Vaccination report Assam 1896-1927 - 1896-1927
Year: 1896
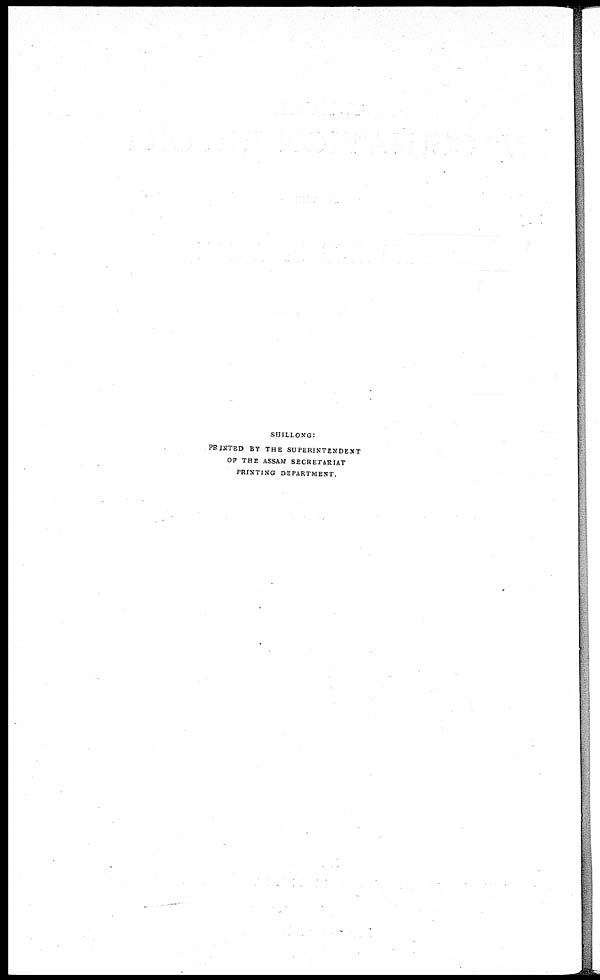
SHILLONG:
PRINTED BY THE SUPERINTENDENT
OF THE ASSAM SECRETARIAT
PRINTING DEPARTMENT.